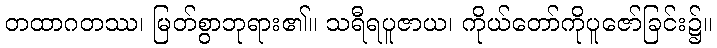
တထာဂတဿ၊ မြတ်စွာဘုရား၏။ သရီရပူဇာယ၊ ကိုယ်တော်ကိုပူဇော်ခြင်း၌။